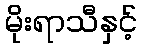
မိုးရာသီနှင့်